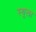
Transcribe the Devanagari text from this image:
स्थूला